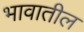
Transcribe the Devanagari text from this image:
भावातील